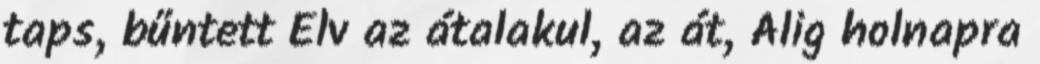
taps, bűntett Elv az átalakul, az át, Alig holnapra